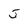
Character: 5